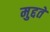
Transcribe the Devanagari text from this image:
मुद्दते